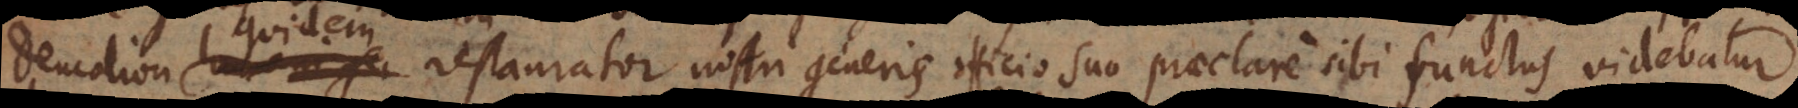
Deucalion humani ge restaurator nostri generis officio suo praeclare sibi functus videbatur,